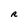
Character: R